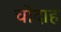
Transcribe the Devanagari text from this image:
चौदाह